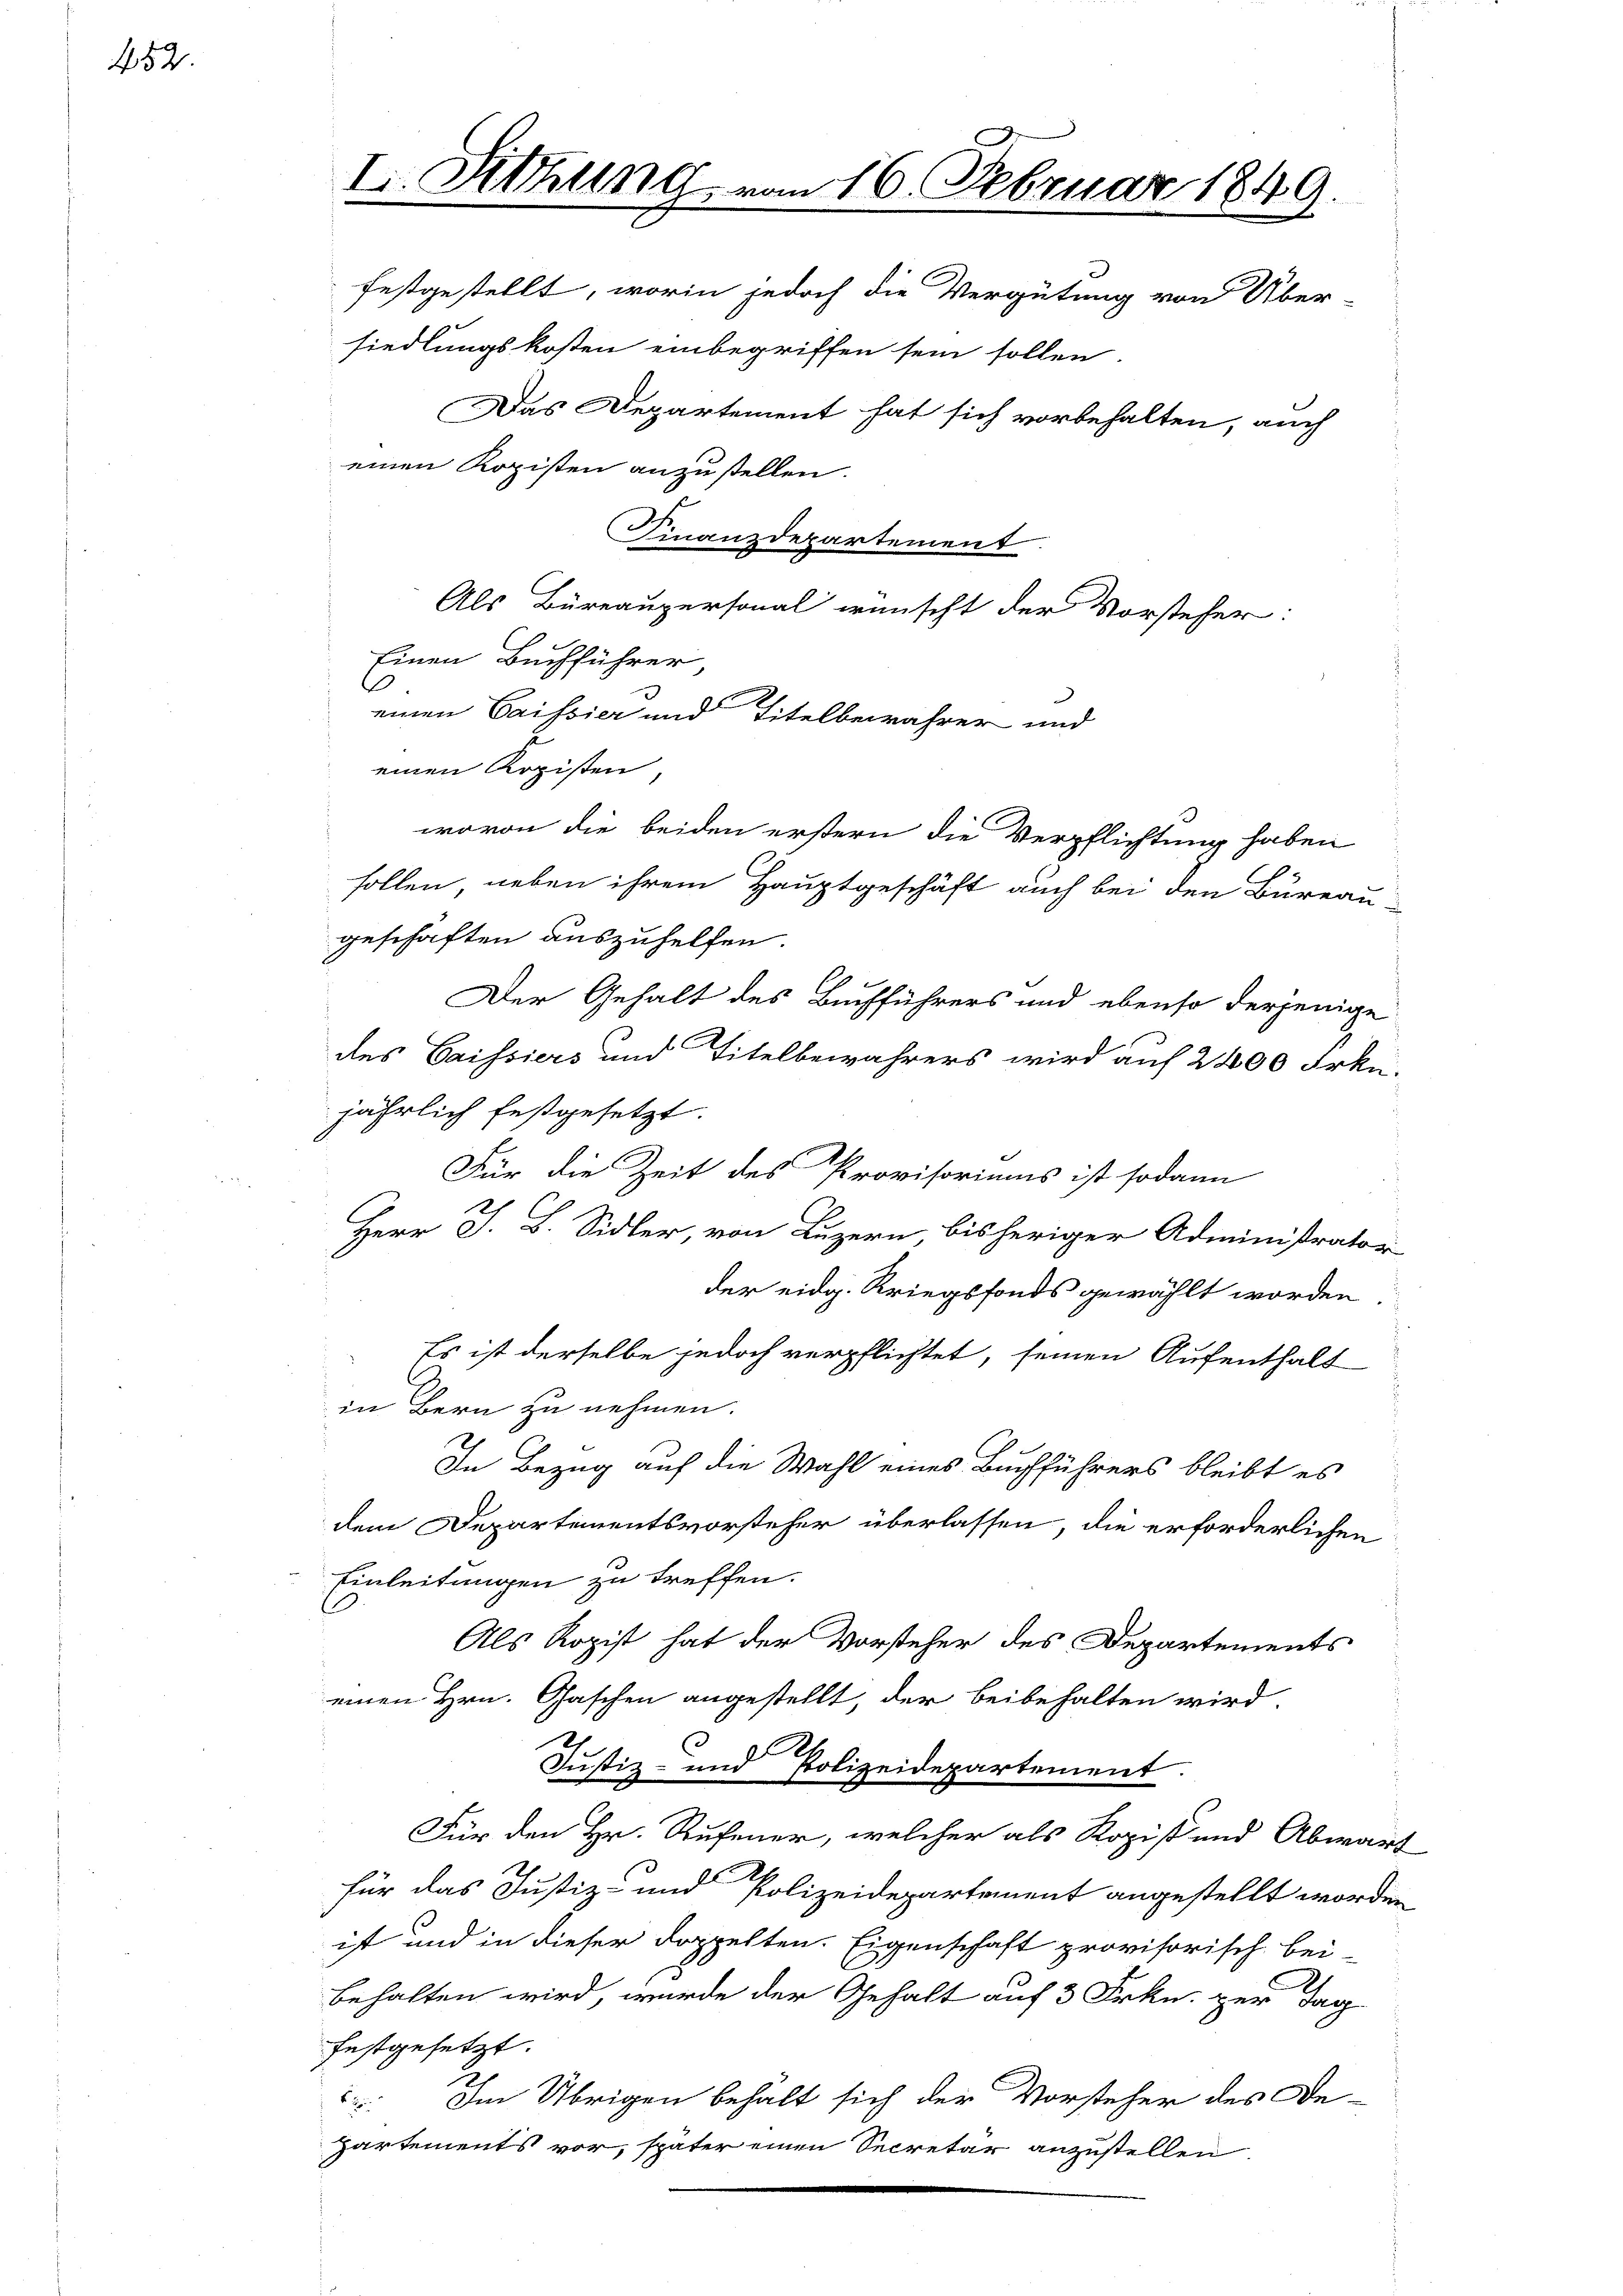
452.

I. Sitzung vom 16. Februar 1849.

festgestellt, worin jedoch die Vergütung von Über-
siedlungskosten einbegriffen sein sollen
Das Departement hat sich vorbehalten, auch
.
Finanzdepartement
Als Büreaupersonal wünscht der Vorsteher:
Einen Buchführer,
s
einen Cassier und Titelbewahrer und
einen Kopisten,
wovon die beiden erstern die Verpflichtung haben
sollen, neben ihrem Hauptgeschäft auch bei den Bureau-
geschäften auszuhelfen.
Der Gehalt des Buchführers und ebenso derjenige
des Cassiers und Titelbewahrers wird auf 2400 Frkn.
jährlich festgesetzt.
Für die Zeit des Provisoriums ist sodann
Herr J. B. Sidler, von Luzern, bisheriger Administrator
der eidg. Kriegsfonds gewählt worden.
Es ist derselbe jedoch verpflichtet, seinen Aufenthalt
s
in Bern zu nehmen.
In Bezug auf die Wahl eines Buchführers bleibt es
dem Departementsvorsteher überlassen, die erforderlichen
Einleitungen zu treffen.
Als Kopist hat der Vorsteher des Departements
einen Hrn. Paschen angestellt, der beibehalten wird.
A.
Justiz- und Polizeidepartement.
Für den Hr. Rufener, welcher als Kopist und Abwar
für das Justiz- und Polizeidepartement angestellt worden.
ist und in dieser doppelten. Eigenschaft provisorisch bei
behalten wird, wurde der Gehalt auf 3 Frkn. per Tag
festgesetzt.
 Im Übrigen behält sich der Vorsteher des De-
partements vor, später einen Secretär anzustellen,

einen Kopisten anzustellen.

l